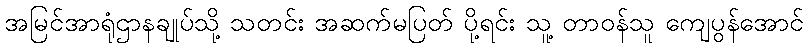
အမြင်အာရုံဌာနချုပ်သို့ သတင်း အဆက်မပြတ် ပို့ရင်း သူ့ တာဝန်သူ ကျေပွန်အောင်